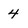
Character: 4